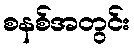
စနစ်အတွင်း